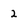
Character: 2